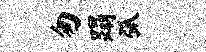
匆蹋弧